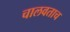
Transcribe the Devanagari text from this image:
चालवताच